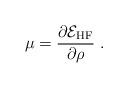
LaTeX: \begin{align*}\mu = \frac{\partial {\cal E}_{\rm HF}}{\partial \rho} \ .\end{align*}